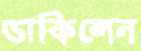
ডাকিলেন